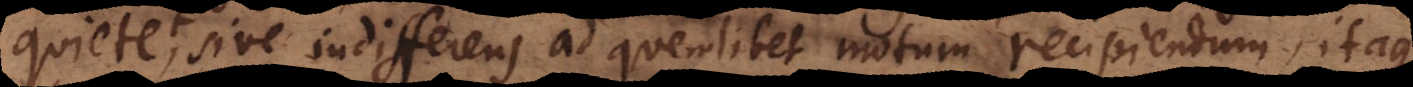
sive indifferens ad quemlibet motum recipiendum, itaque